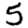
Digit: 5